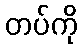
တပ်ကို